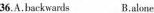
36.A.backwards B.alone